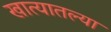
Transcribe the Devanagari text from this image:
खात्यातल्या